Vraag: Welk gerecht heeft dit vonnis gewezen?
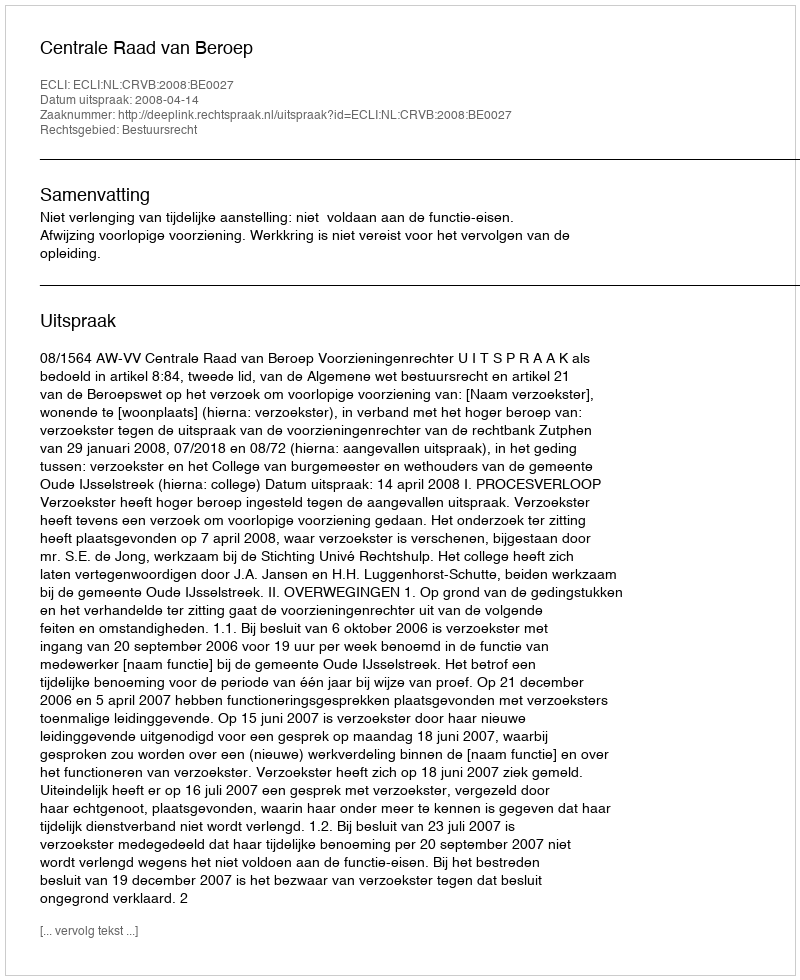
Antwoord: Centrale Raad van Beroep